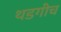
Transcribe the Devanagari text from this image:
थडगीच